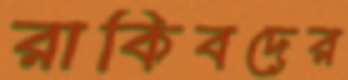
রাকিবদের